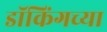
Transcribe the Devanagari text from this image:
डॉकिंगच्या